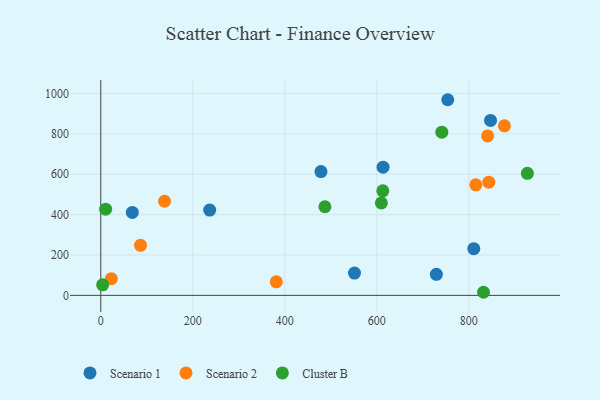
{"axis": {"x": "Speed", "y": "Rating"}, "legend": ["Cluster B", "Scenario 1", "Scenario 2"], "data": [{"x": "729.5", "y": 104.3, "type": "Scenario 1"}, {"x": "847.2", "y": 866.2, "type": "Scenario 1"}, {"x": "754.2", "y": 968.9, "type": "Scenario 1"}, {"x": "810.8", "y": 231.1, "type": "Scenario 1"}, {"x": "478.6", "y": 612.9, "type": "Scenario 1"}, {"x": "613.6", "y": 635.0, "type": "Scenario 1"}, {"x": "68.5", "y": 410.7, "type": "Scenario 1"}, {"x": "551.5", "y": 110.2, "type": "Scenario 1"}, {"x": "236.7", "y": 422.3, "type": "Scenario 1"}, {"x": "86.3", "y": 247.6, "type": "Scenario 2"}, {"x": "22.9", "y": 82.6, "type": "Scenario 2"}, {"x": "840.9", "y": 789.7, "type": "Scenario 2"}, {"x": "381.5", "y": 67.3, "type": "Scenario 2"}, {"x": "877.4", "y": 839.8, "type": "Scenario 2"}, {"x": "843.5", "y": 560.5, "type": "Scenario 2"}, {"x": "138.6", "y": 466.2, "type": "Scenario 2"}, {"x": "815.2", "y": 547.5, "type": "Scenario 2"}, {"x": "4.0", "y": 52.0, "type": "Cluster B"}, {"x": "741.3", "y": 808.3, "type": "Cluster B"}, {"x": "10.5", "y": 427.0, "type": "Cluster B"}, {"x": "613.1", "y": 517.6, "type": "Cluster B"}, {"x": "487.2", "y": 438.9, "type": "Cluster B"}, {"x": "832.0", "y": 15.3, "type": "Cluster B"}, {"x": "609.9", "y": 457.8, "type": "Cluster B"}, {"x": "927.3", "y": 604.6, "type": "Cluster B"}]}